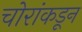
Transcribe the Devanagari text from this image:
चोरांकडून